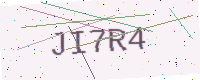
Text: JI7R4